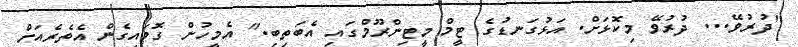
"ދުރުވޭ... ދުރުވޭ މިކޮޅަށް. އަޅުގަނޑުގެ ޓީމް މީޓިންރޫމްގައި އެބަތިބި." އެމީހުން ގޮވައިގެން އެތެރެއަށް